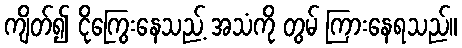
ကျိတ်၍ ငိုကြွေးနေသည့် အသံကို တွမ် ကြားနေရသည်။